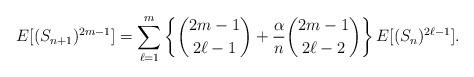
LaTeX: \begin{align*}E[(S_{n+1})^{2m-1}]&=\sum_{\ell =1}^m\left\{\binom{2m -1}{2\ell-1}+\frac{\alpha}{n}\binom{2 m-1}{2 \ell -2}\right\} E[(S_{n})^{2\ell -1}].\end{align*}